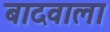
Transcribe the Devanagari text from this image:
बादवाला